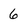
Character: 6